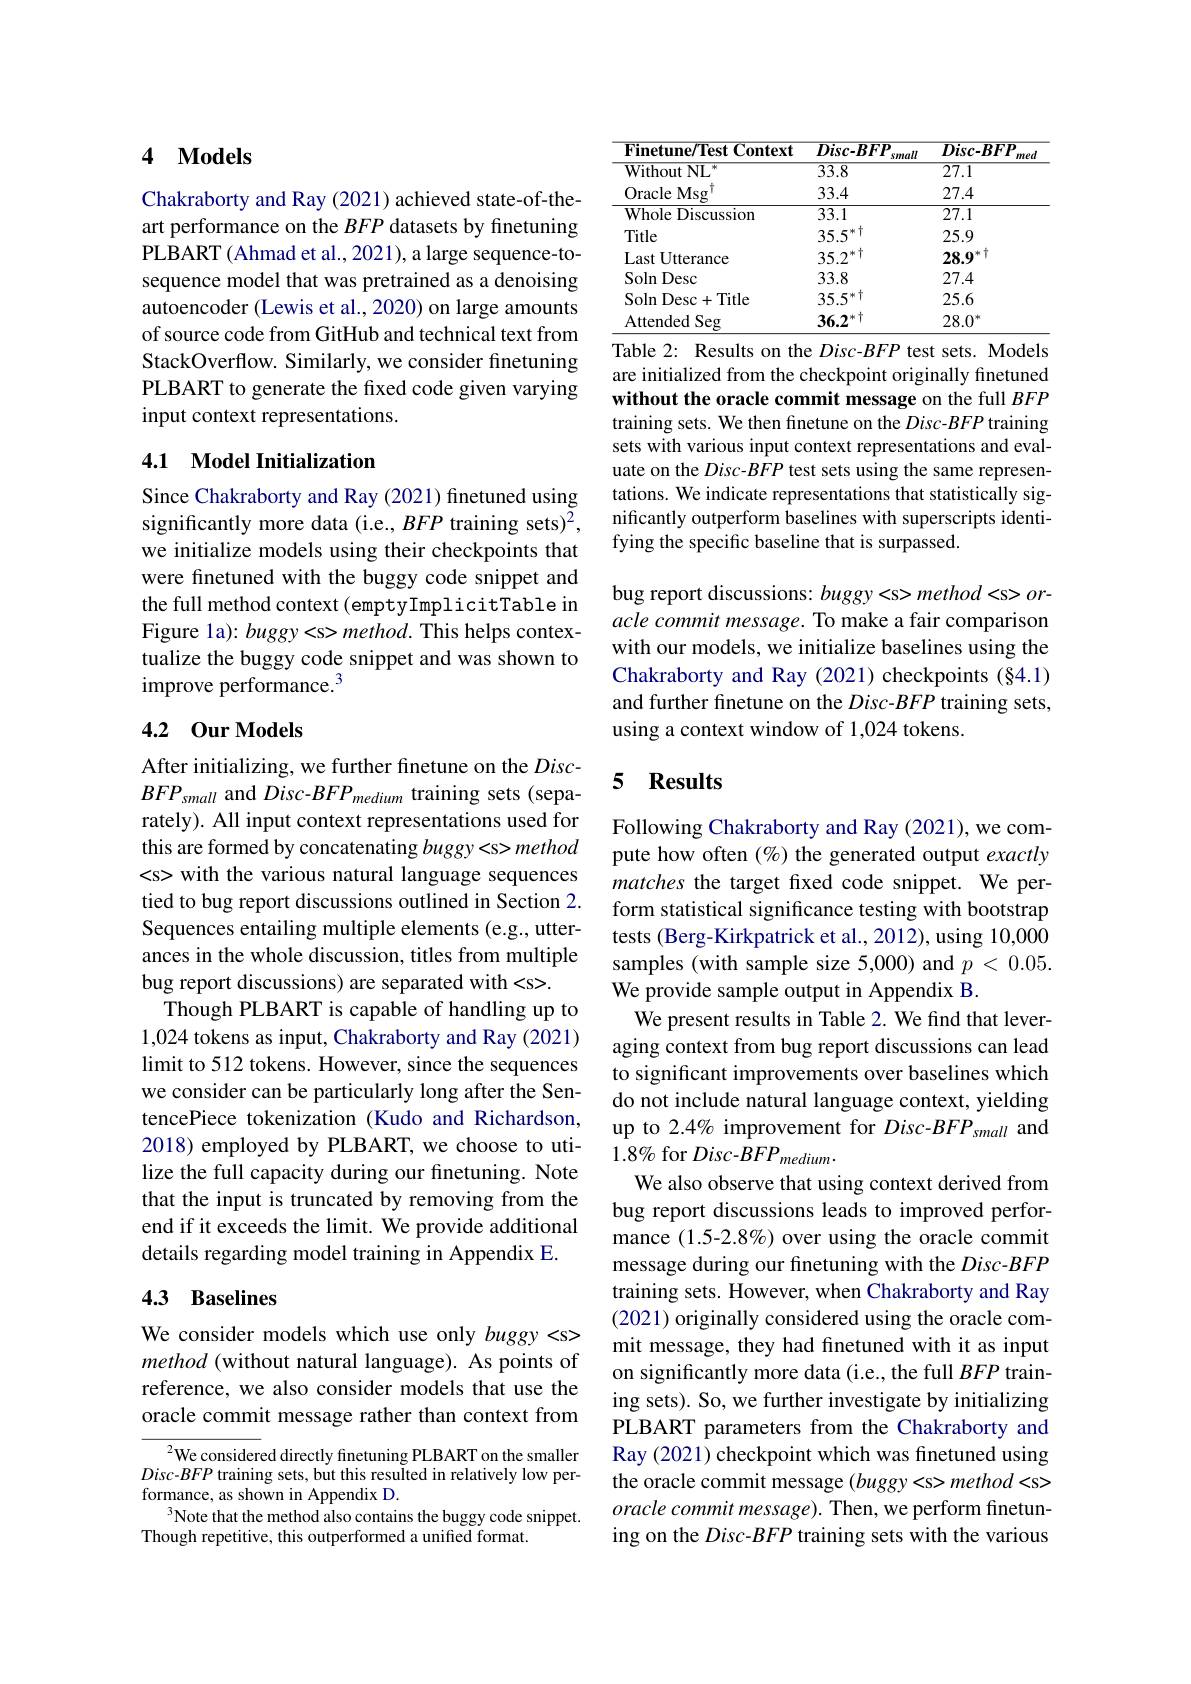
## 4 $\mathbf{Models}$

Chakraborty and Ray (2021) achieved state-of-theart performance on the $BFP$ datasets by finetuning PLBART (Ahmad et al., 2021), a large sequence-tosequence model that was pretrained as a denoising autoencoder (Lewis et al., 2020) on large amounts of source code from GitHub and technical text from StackOverflow. Similarly, we consider finetuning PLBART to generate the fixed code given varying input context representations.

## 4.1 Model Initialization

Since Chakraborty and Ray (2021) finetuned using significantly more data (i.e., BFP training sets)$^{\bar{2}}$, we initialize models using their checkpoints that were finetuned with the buggy code snippet and the full method context (emptyImplicitTable in Figure la): buggy
 method. This helps contextualize the buggy code snippet and was shown to improve performance.$^3$

### 4.2 0ur Models

After initializing, we further finetune on the $Disc-$ $BFP_{small}$ and Disc-$BFP_medium$ training sets (separately). All input context representations used for this are formed by concatenating buggy
 method
 with the various natural language sequences tied to bug report discussions outlined in Section 2. Sequences entailing multiple elements (e.g., utterances in the whole discussion, titles from multiple bug report discussions) are separated with
.
Though PLBART is capable of handling up to 1,024 tokens as input, Chakraborty and Ray (2021) limit to 512 tokens. However, since the sequences we consider can be particularly long after the SentencePiece tokenization (Kudo and Richardson, 2018) employed by PLBART, we choose to utilize the full capacity during our finetuning. Note that the input is truncated by removing from the end if it exceeds the limit. We provide additional details regarding model training in Appendix E.

## 4.3 Baselines

We consider models which use only buggy
 method (without natural language). As points of reference, we also consider models that use the oracle commit message rather than context from

$^{2}$We considered directly finetuning PLBART on the smaller $Disc-BFP$ training sets, but this resulted in relatively low performance, as shown in Appendix D.
$^{3}$Note that the method also contains the buggy code snippet.
Though repetitive, this outperformed a unified format.

<table>
	<tbody>
		<tr>
			<th>Finetune/Test Context</th>
			<th>$Disc-BFP$ small</th>
			<th>$Disc-BFP$</th>
		</tr>
		<tr>
			<td>${\mathrm{Without~NL}}$</td>
			<td>mmmm $\overline{33.8}$</td>
			<td>$\overline{27.1}$</td>
		</tr>
		<tr>
			<td>Oracle Msg</td>
			<td>33.4</td>
			<td>27.4</td>
		</tr>
		<tr>
			<td>Whole Discussion</td>
			<td>33.1</td>
			<td>27.1</td>
		</tr>
		<tr>
			<td>Title</td>
			<td>$35.5^{*}$</td>
			<td>25.9</td>
		</tr>
		<tr>
			<td>Last t Utterance</td>
			<td>$35.2^{*}$</td>
			<td>$28.9^*T$</td>
		</tr>
		<tr>
			<td>$\operatorname{Soln}\operatorname{Desc}$</td>
			<td>33.8</td>
			<td>27.4</td>
		</tr>
		<tr>
			<td>$\operatorname{Soln}$Desc$+\operatorname{Title}$</td>
			<td>$35.5^{*}\uparrow$</td>
			<td>25.6</td>
		</tr>
		<tr>
			<td>Attended Seg</td>
			<td>$36.2^{*}\uparrow$</td>
			<td>$28.0^*$</td>
		</tr>
	</tbody>
</table>
Table 2: Results on the Disc-BFP test sets. Models

are initialized from the checkpoint originally finetuned without the oracle commit message on the full $BFP$ training sets. We then finetune on the Disc-BFP training sets with various input context representations and evaluate on the Disc-BFP test sets using the same representations. We indicate representations that statistically significantly outperform baselines with superscripts identifying the specific baseline that is surpassed.

bug report discussions: $buggy
method
or-$ acle commit message. To make a fair comparison with our models, we initialize baselines using the Chakraborty and Ray (2021) checkpoints (§4.1) and further finetune on the Disc-$BFP$ training sets, using a context window of 1,024 tokens.

## 5 $\mathbf{Results}$

Following Chakraborty and Ray (2021), we compute how often $(\%)$ the generated output exactly matches the target fxed code snippet. We perform statistical significance testing with bootstrap tests (Berg-Kirkpatrick et al., 2012), using 10,000 samples (with sample size 5,000) and $p<0.05.$ We provide sample output in Appendix B.
We present results in Table 2. We find that leveraging context from bug report discussions can lead to significant improvements over baselines which do not include natural language context, yielding up to 2.4% improvement for Disc-BFP small and $1.8\%$ for Disc-$BFP_medium.$
We also observe that using context derived from bug report discussions leads to improved performance (1.5-2.8%) over using the oracle commit message during our finetuning with the $Disc-BFP$ training sets. However, when Chakraborty and Ray (2021) originally considered using the oracle commit message, they had finetuned with it as input on significantly more data (i.e., the full $BFP$ training sets). So, we further investigate by initializing PLBART parameters from the Chakraborty and Ray (2021) checkpoint which was finetuned using the oracle commit message $(buggy
method
$ $oracle\textit{ commit message}) .$ Then, we perform finetuning on the Disc-BFP training sets with the various